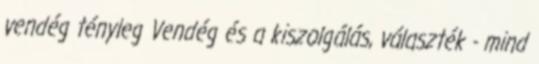
vendég tényleg Vendég és a kiszolgálás, választék - mind